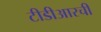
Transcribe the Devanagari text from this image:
टीडीआरची